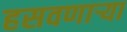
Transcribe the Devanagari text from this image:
हसवणाऱ्या